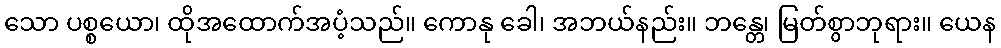
သော ပစ္စယော၊ ထိုအထောက်အပံ့သည်။ ကောနု ခေါ၊ အဘယ်နည်း။ ဘန္တေ၊ မြတ်စွာဘုရား။ ယေန